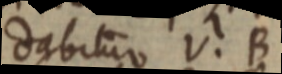
dabitur V. B